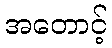
အတောင့်